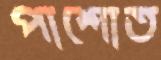
পাশোত